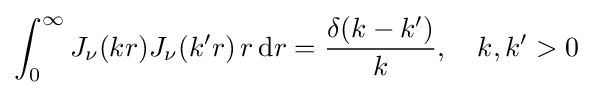
\int _{0}^{\infty }J_{\nu }(kr)J_{\nu }(k'r)\,r\,\mathrm {d} r={\frac {\delta (k-k')}{k}},\quad k,k'>0